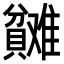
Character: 𬥬